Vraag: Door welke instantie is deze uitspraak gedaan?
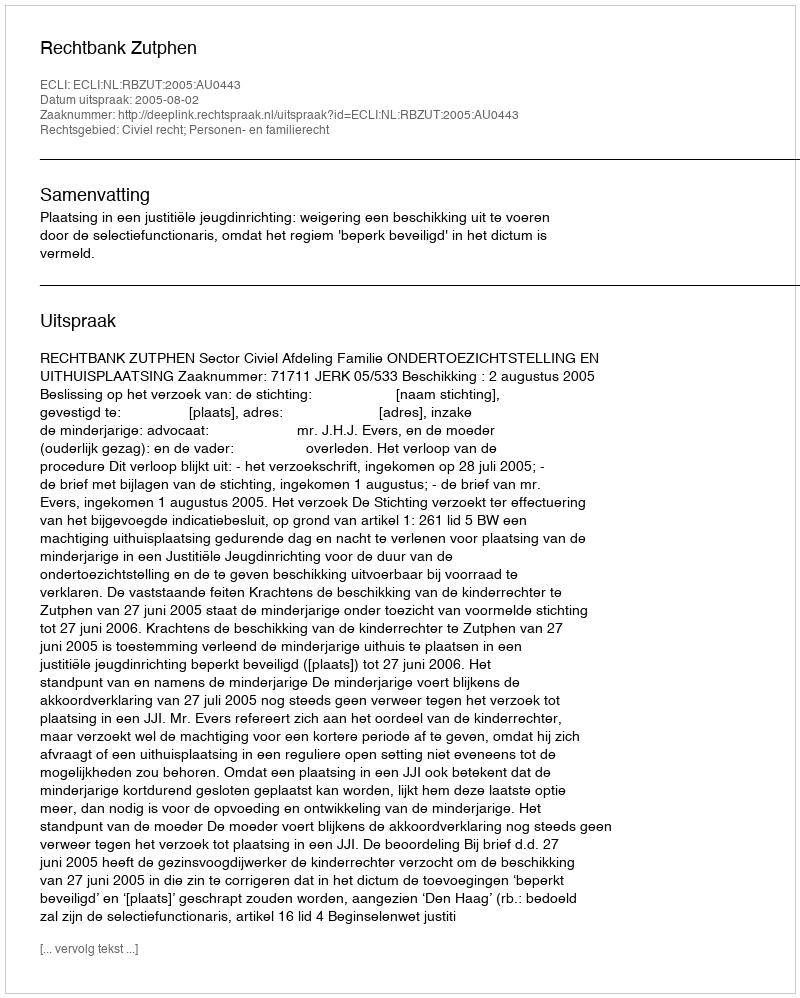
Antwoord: Rechtbank Zutphen